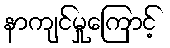
နာကျင်မှုကြောင့်